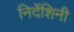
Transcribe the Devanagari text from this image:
निर्देशिनी